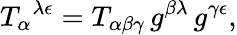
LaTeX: T_{\alpha}{}^{\lambda\epsilon}=T_{\alpha\beta\gamma}\, g^{\beta\lambda}\, g^{\gamma\epsilon},